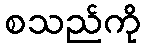
စသည်ကို